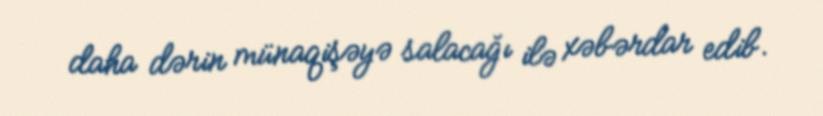
daha dərin münaqişəyə salacağı ilə xəbərdar edib.